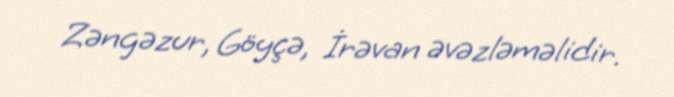
Zəngəzur, Göyçə, İrəvan əvəzləməlidir.